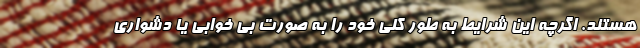
هستند. اگرچه این شرایط به طور کلی خود را به صورت بی خوابی یا دشواری